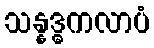
သန္နဒ္ဓကလာပံ